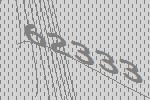
62333